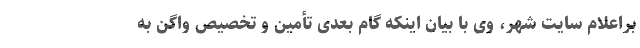
براعلام سایت شهر، وی با بیان اینکه گام بعدی تأمین و تخصیص واگن به